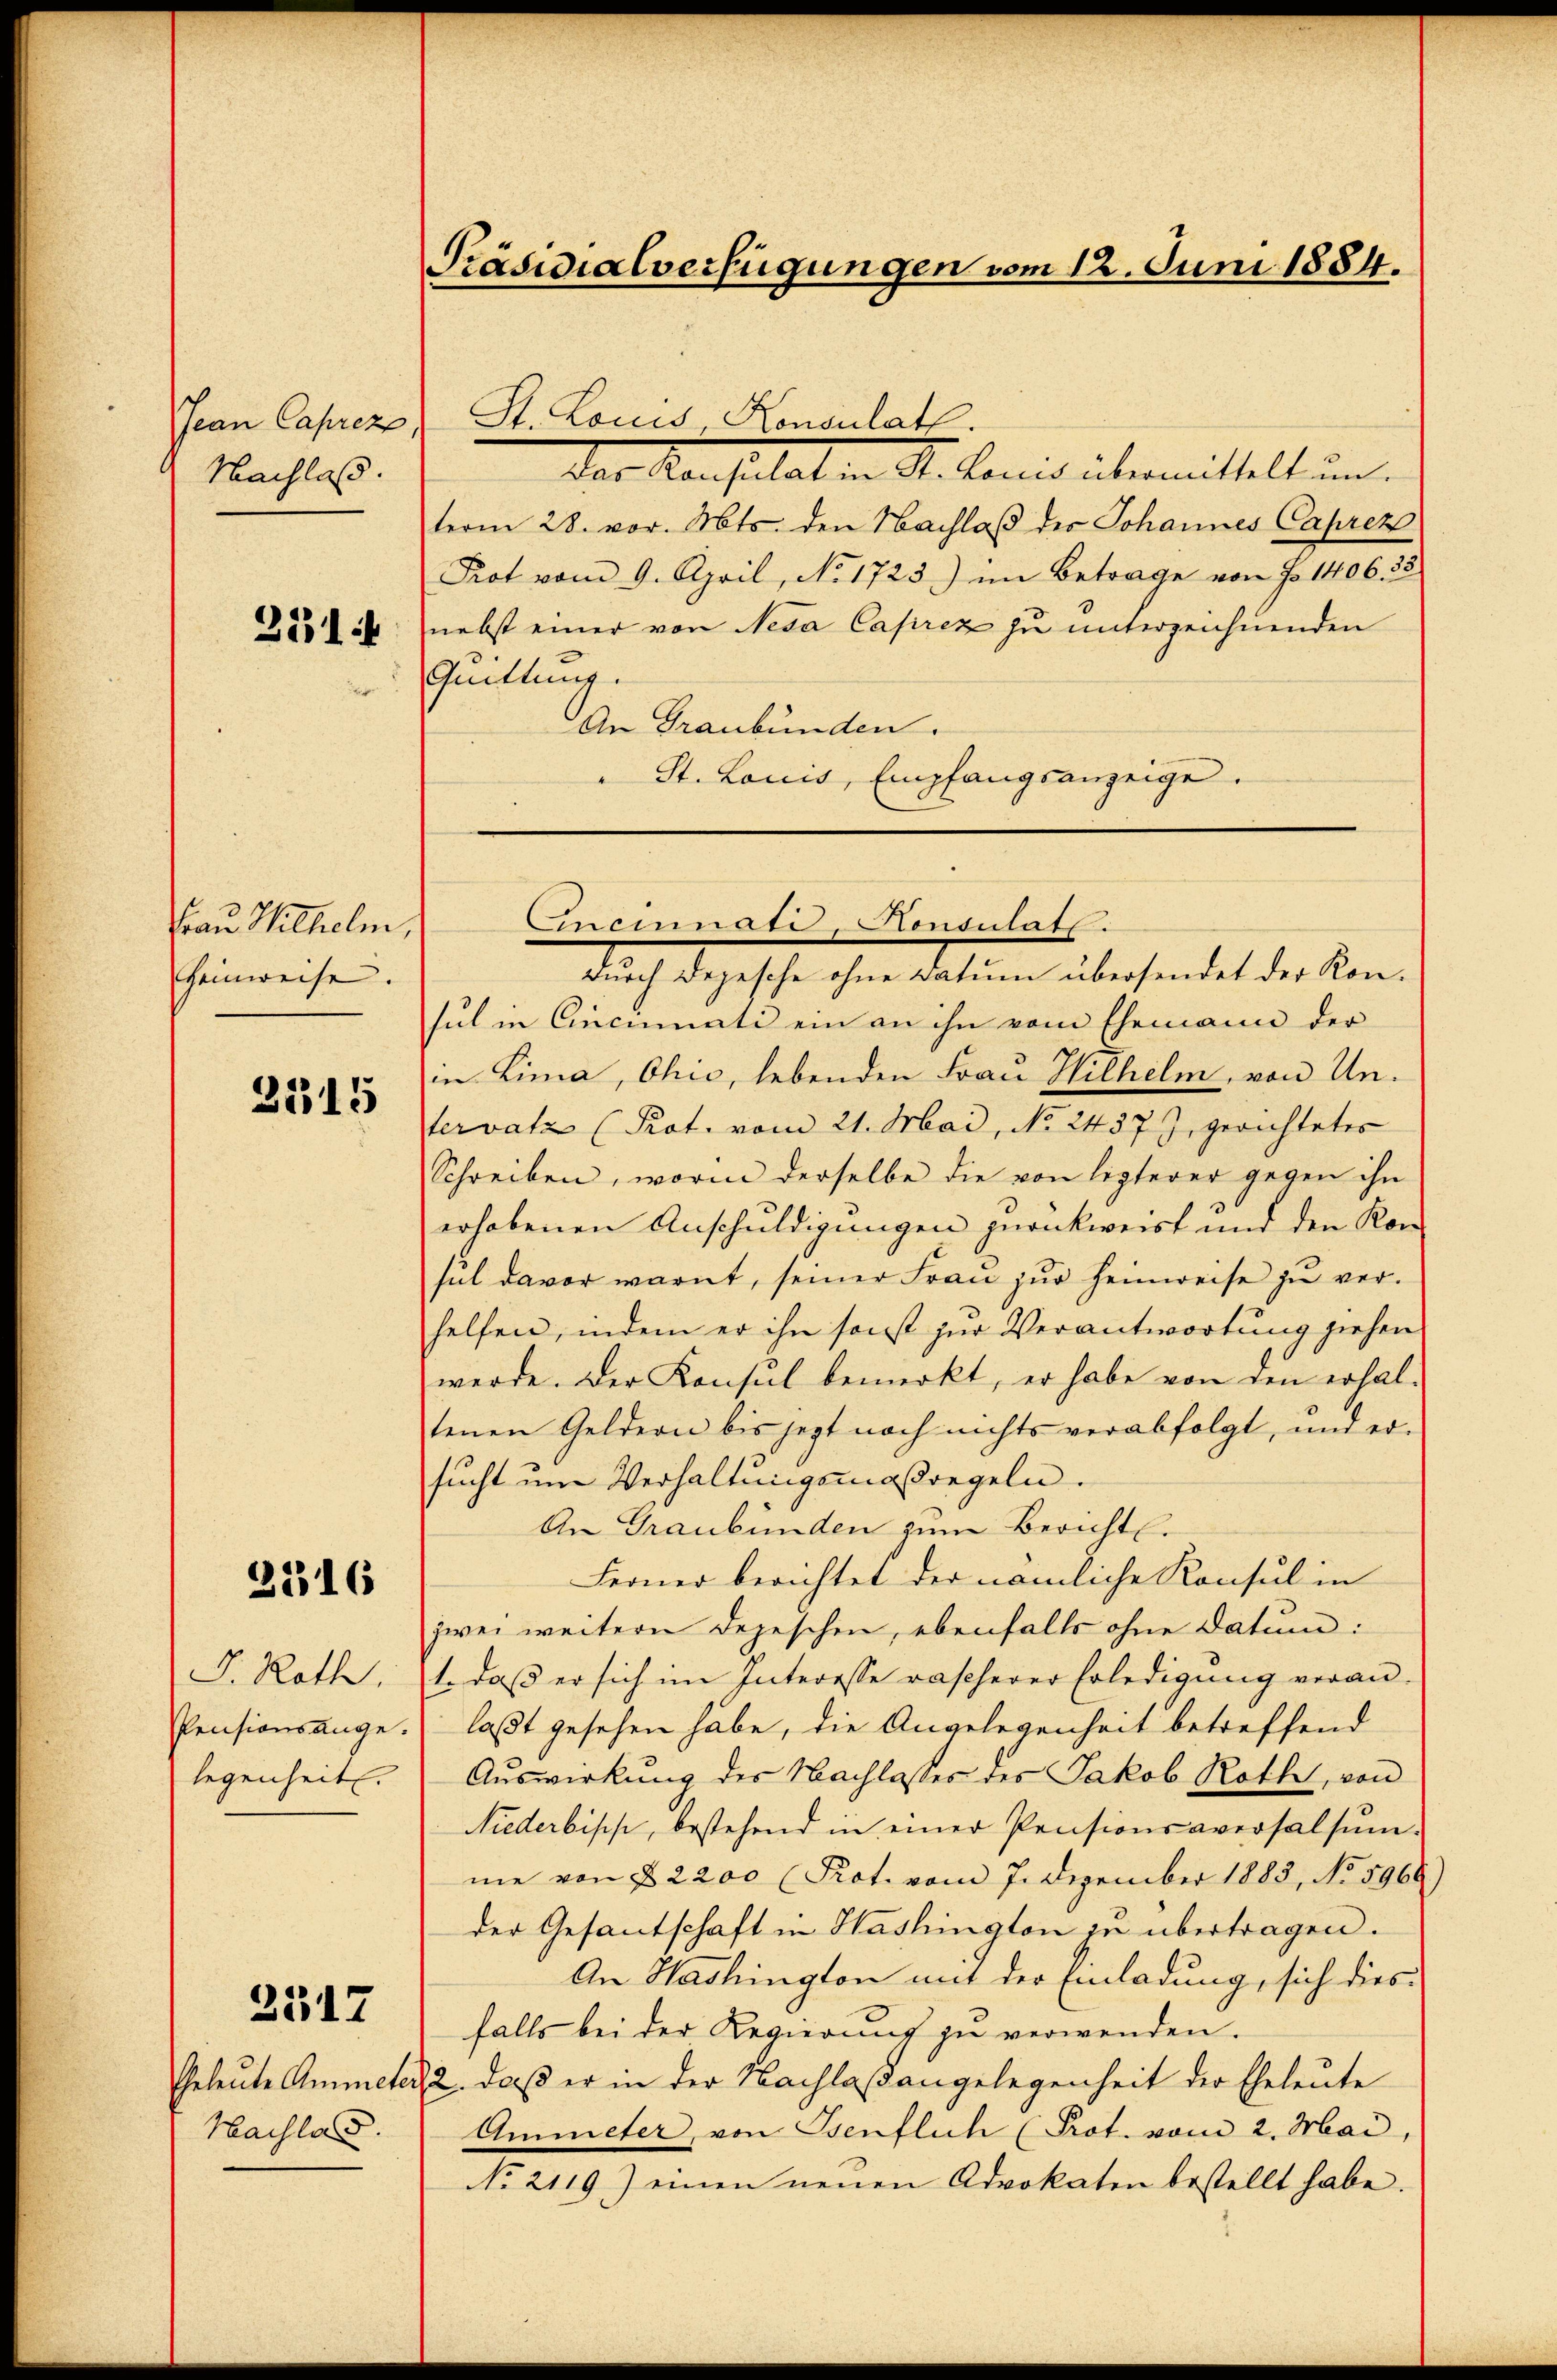
Jean Caprez
Nachlaß.
2131 f

Frau Wilhelm,
Heinweise.

3315

2516

G. Roth,
Pensionsangelegenheit.

Hachlas.

2317

Präsidialverfügungen vom 12. Juni 1884.

Der Konsulat in St. Land übermittelt un
term 28. vor. Mts. den Nachlaβ der Johannes Caprez
Prot vom 9. April, No. 1723) im Betrage von No 1406. 33
nebst einer von Neša Caprez zu unterzeichnenden
Quittung.
An Graubünden.
St. Louis, Empfangsanzeige.

St. Louis Konsulath.

Incinate, Konsulat

durch Depesche ohne Datum übersendet der Konsul in Cincinati ein an ihn vom Ehemann der
in Lima, Ohio, lebenden Frau Wilhelm, von Untervatz (Prat. vom 21. Mai, No 2437 J. gerichtetes
Schreiben, worin derselbe die von ligterer gegen ihn
erhobenen Anschuldigungen zurückweist und den Kon-
sul davor warnt, seiner Frau zur Heimweise zu verhelfen, indem er ihn sonst zur Verantwortung ziehen
werde. Der Konsul bemerkt, er habe von den erhal-
tenen Geldern bis jezt noch nichts verabfolgt, und er-
sucht um Verhaltungsmaßregeln.
An Graubünden zum Bericht.
Ferner berichtet der nämliche Konsul in
zwei weitern Depeschen, ebenfalls ohne Datum:
1. daß er sich im Interesse rascherer Erledigung veranlaßt gesehen habe, die Angelegenheit betreffend
Auswirkung des Nachlasses des Jakob Roth, von
Niederbisch, bestehend in einer Pensionsaversalsŭm-
me von § 2200 (Prot. vom 7. Dezember 1883, No 5969)
der Gesantschaft in Washington zu übertragen.
An Washington mit der Einladung, sich diesfalls bei der Regierung zu verwenden.
Eheleute Ammeter, 2. daß er in der Nachlaßangelegenheit der Eheleute
Ammeter, von Osenflich (Prot. vom 2. Mai,
No 2119) einen neuen Advokaten bestellt habe.